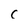
Character: c